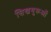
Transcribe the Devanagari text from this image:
सिखगुरूओं